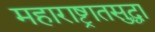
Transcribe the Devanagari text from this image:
महाराष्ट्रातसुद्धा